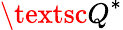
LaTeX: {\textsc{Q}}^{*}